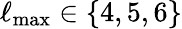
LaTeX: \ell_{\mathrm{max}}\in\{ 4,5,6\}